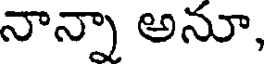
నాన్నా అనూ,